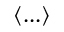
\left\langle . . . \right\rangle